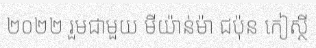
២០២២ រួមជាមួយ មីយ៉ាន់ម៉ា ជប៉ុន កៀស្ថី